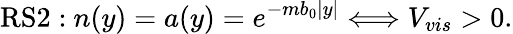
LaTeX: \mathrm{RS2:}\mathrm{~}n(y)=a(y)=e^{-mb_{0}|y|}\Longleftrightarrow V_{vis}>0.